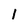
Character: l